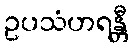
ဥပသံဟရန္တီ